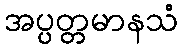
အပ္ပတ္တမာနသံ